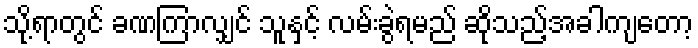
သို့ရာတွင် ခဏကြာလျှင် သူနှင့် လမ်းခွဲရမည် ဆိုသည့်အခါကျတော့